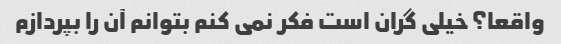
واقعا؟ خیلی گران است فکر نمی کنم بتوانم آن را بپردازم